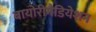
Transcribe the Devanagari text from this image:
बायोरीमैडियेशन